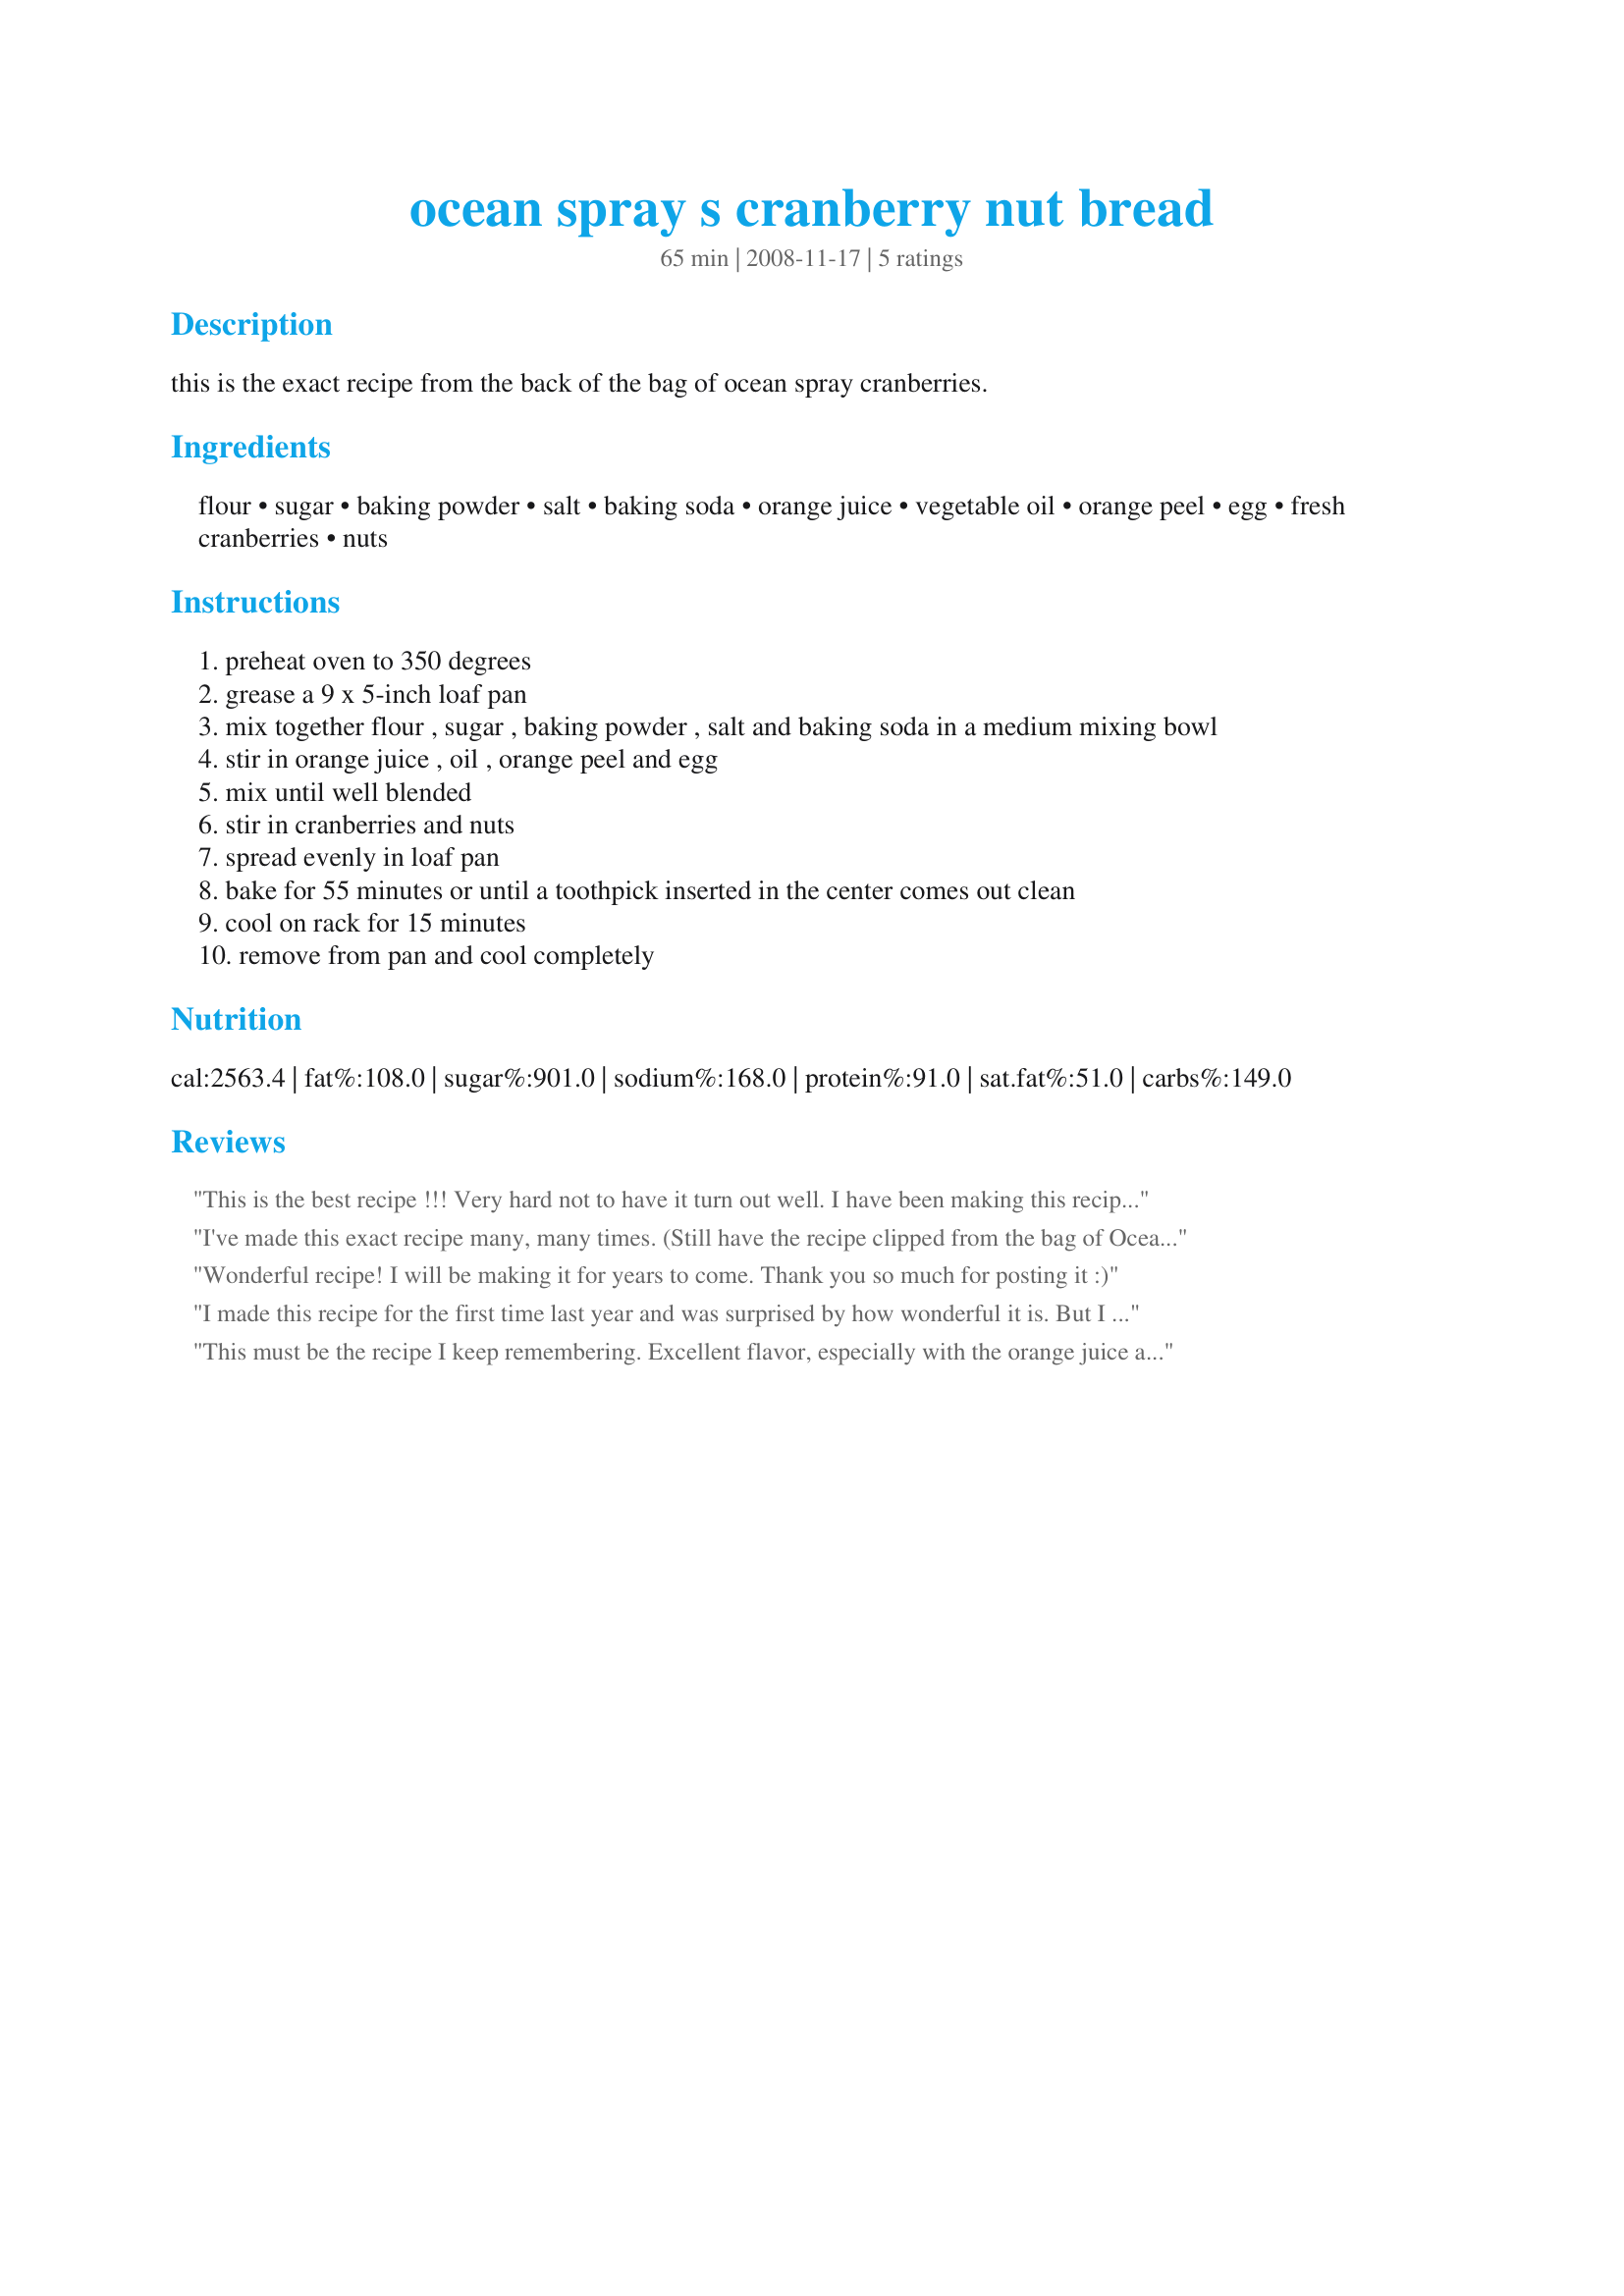
ocean spray s cranberry nut bread
Preparation time: 65 minutes

this is the exact recipe from the back of the bag of ocean spray cranberries.

Ingredients:
flour, sugar, baking powder, salt, baking soda, orange juice, vegetable oil, orange peel, egg, fresh cranberries, nuts

Steps:
preheat oven to 350 degrees
grease a 9 x 5-inch loaf pan
mix together flour , sugar , baking powder , salt and baking soda in a medium mixing bowl
stir in orange juice , oil , orange peel and egg
mix until well blended
stir in cranberries and nuts
spread evenly in loaf pan
bake for 55 minutes or until a toothpick inserted in the center comes out clean
cool on rack for 15 minutes
remove from pan and cool completely

Reviews:
This is the best recipe !!! Very hard not to have it turn out well. I have been making this recipe for many years...giving it to neighbors at Christmastime and as a taste during our annual Civil war Christmas reenactment. Everyone loves it.You can't go wrong with this recipe !!!!
I've made this exact recipe many, many times. (Still have the recipe clipped from the bag of Ocean Spray cranberries in my recipe drawer). This was one of the first breads I ever made at Christmas time. Everybody raved about it. I highly suggest using this recipe.
Wonderful recipe! I will be making it for years to come. Thank you so much for posting it :)
I made this recipe for the first time last year and was surprised by how wonderful it is. But I guess that's why Ocean Spray folks chose this particular recipe to put on their bag! It's really good and moist!
This must be the recipe I keep remembering. Excellent flavor, especially with the orange juice and zest. Nice and moist and an added pleasure anytime of the year. Thanks so much for sharing. I enjoyed it very much.
